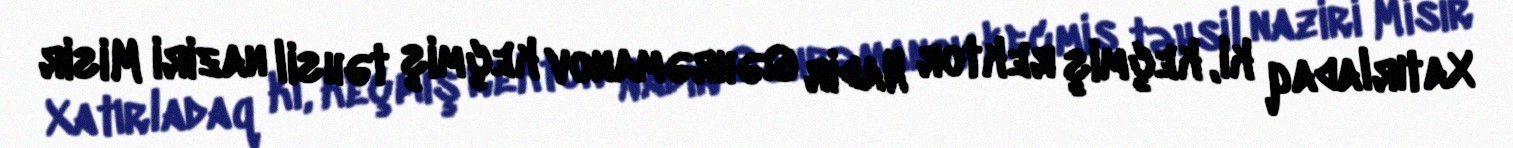
Xatırladaq ki, keçmiş rektor Nadir Qəhrəmanov keçmiş təhsil naziri Misir